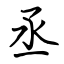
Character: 丞